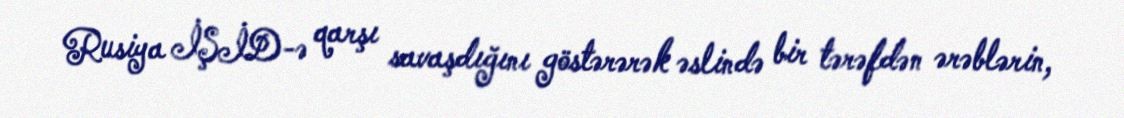
Rusiya İŞİD-ə qarşı savaşdığını göstərərək əslində bir tərəfdən ərəblərin,